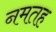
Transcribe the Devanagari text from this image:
नमतह